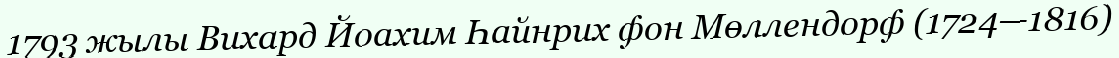
1793 жылы Вихард Йоахим Һайнрих фон Мөллендорф (1724—1816)